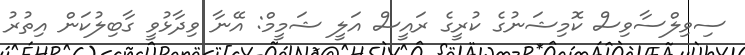
ސިވިލްސާވިސް ކޮމިޝަނުގެ ކުރީގެ ރައީސް އަލީ ޝަމީމް: އޭނާ ވިދާޅުވީ ގާބިލުކަން އިތުރު